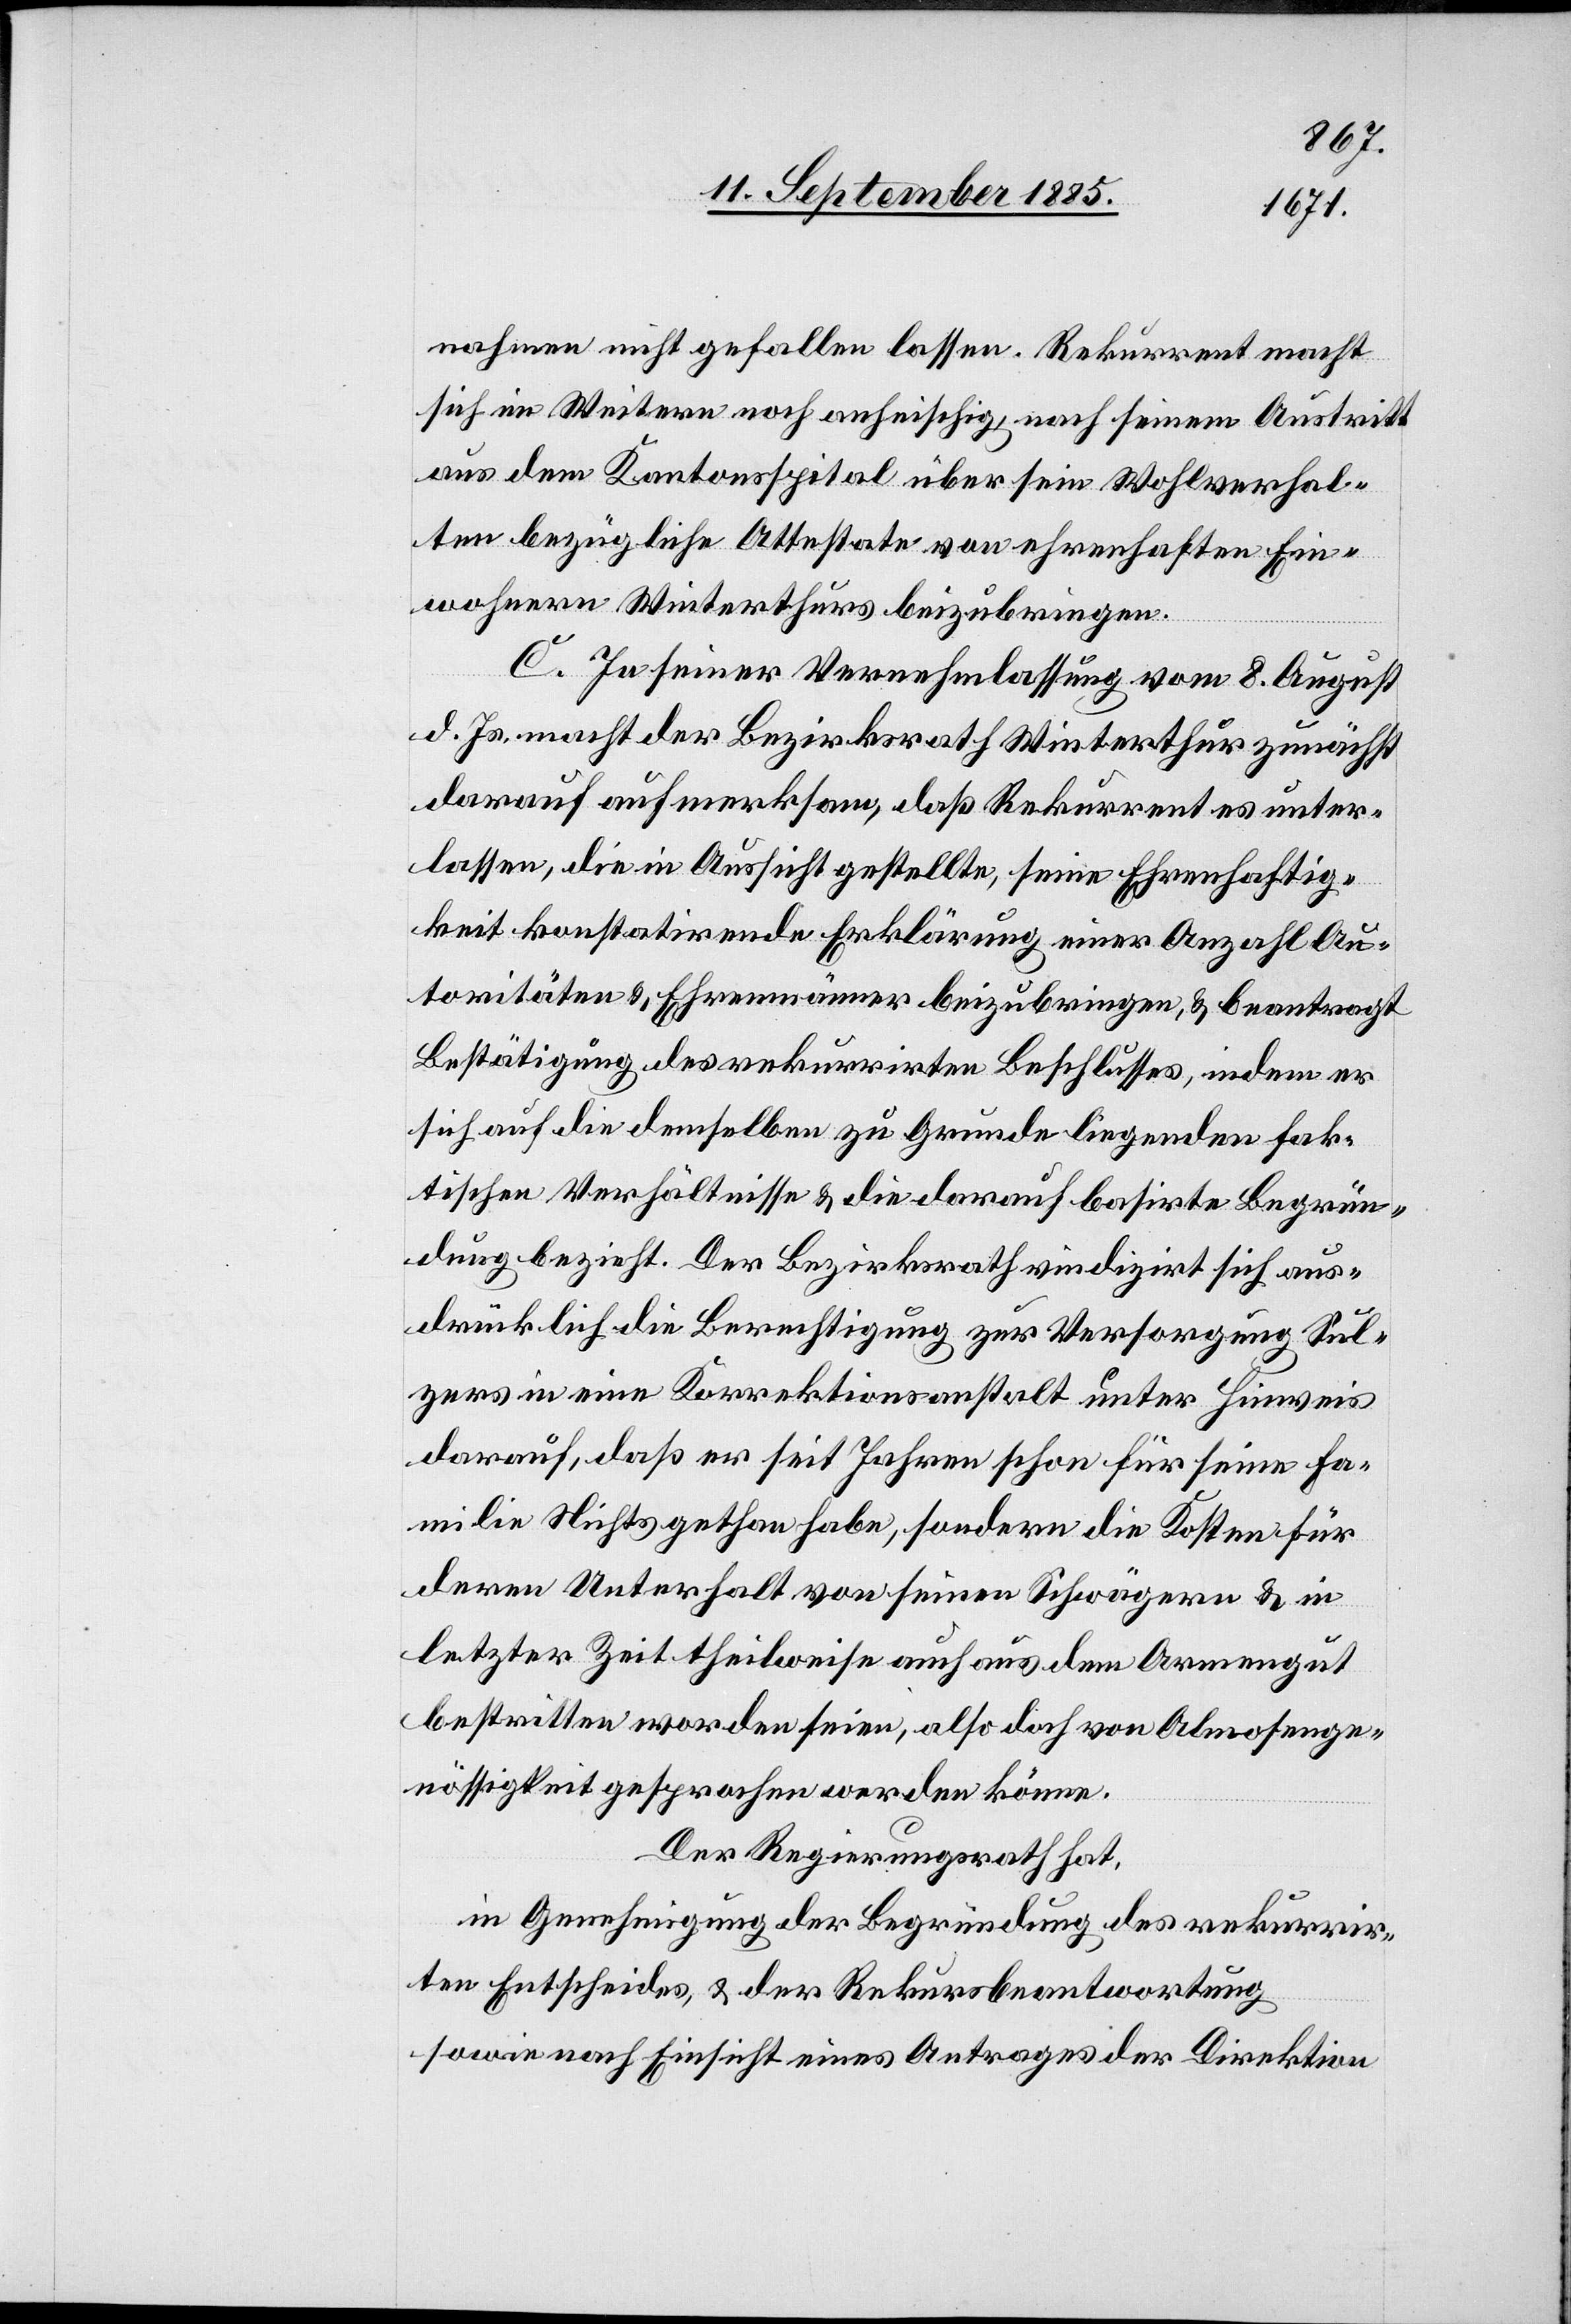
nahmen nicht gefallen lassen. Rekurrent macht
sich im Weitern noch anheischig, nach seinem Austritt
aus dem Kantonsspital über sein Wohlverhal¬
ten bezügliche Attestate von ehrenhaften Ein¬
wohnern Winterthurs beizubringen.
C. In seiner Vernehmlassung vom 8. August
d. Js. macht der Bezirksrath Winterthur zunächst
darauf aufmerksam, daß Rekurrent es unter¬
lassen, die in Aussicht gestellten, seine Ehrenhaftig¬
keit konstatirende Erklärung einer Anzahl Au¬
toritäten & Ehrenmänner beizubringen, & beantragt
Bestätigung des rekurrirten Beschlusses, indem er
sich auf die demselben zu Grunde liegenden fak¬
tischen Verhältnisse & die darauf basirte Begrün¬
dung bezieht. Der Bezirksrath reduzirt sich aus¬
drücklich die Berechtigung zur Versorgung Sul¬
zers in eine Korrektionsanstalt unter Hinweis
darauf, daß er seit Jahren schon für seine Fa¬
milie Nichts gethan habe, sondern die Kosten für
deren Unterhalt von seinen Schwägern & in
letzter Zeit theilweise auch aus dem Armengut
bestritten worden seien, also doch von Almosenge¬
nössigkeit gesprochen werden könne.
Der Regierungsrath hat,
in Genehmigung der Begründung des rekurrir¬
ten Entscheides, & der Rekursbeantwortung
sowie nach Einsicht eines Antrages der Direktion